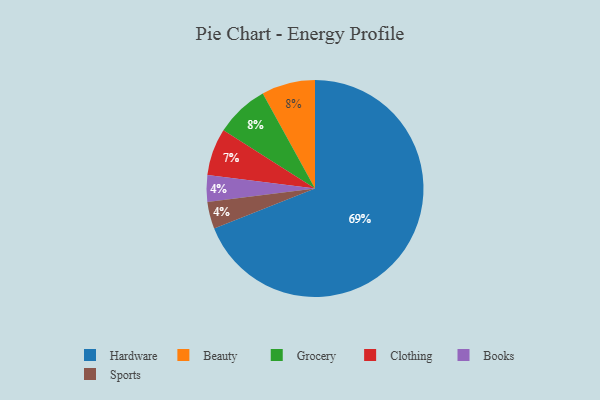
{"axis": {"x": "Category", "y": "Percentage"}, "legend": ["Beauty", "Books", "Clothing", "Grocery", "Hardware", "Sports"], "data": [{"x": "Clothing", "y": 7, "type": "Clothing"}, {"x": "Beauty", "y": 8, "type": "Beauty"}, {"x": "Books", "y": 4, "type": "Books"}, {"x": "Hardware", "y": 69, "type": "Hardware"}, {"x": "Grocery", "y": 8, "type": "Grocery"}, {"x": "Sports", "y": 4, "type": "Sports"}]}